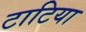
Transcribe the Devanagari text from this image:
टाटिया